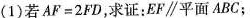
(1)若$$A F = 2 F D$$，求证：EF\parallel平面ABC；